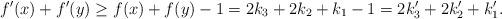
LaTeX: \begin{align*}f'(x)+f'(y)\geq f(x)+f(y)-1 =2k_3+2k_2+k_1-1=2k_3'+2k'_2+k_1'.\end{align*}